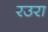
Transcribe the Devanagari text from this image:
रउरा